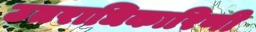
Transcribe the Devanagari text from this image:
उतराधिकारिणी